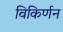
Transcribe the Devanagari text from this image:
विकिर्णन